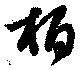
栢